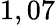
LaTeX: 1,07